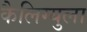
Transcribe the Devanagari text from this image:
कैलिग्युला